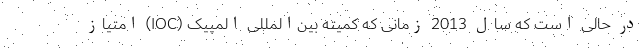
در حالی است که سال 2013 زمانی که کمیته بین‌المللی المپیک (IOC) امتیاز